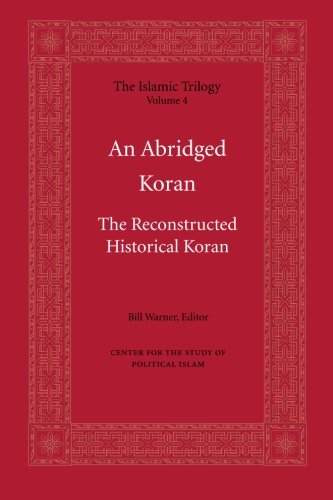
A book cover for An Abridged Koran (The Islamic Trilogy); Bill Warner; Religion & Spirituality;